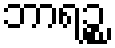
ဘာရဉ္စ